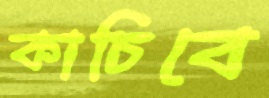
কাচিবে